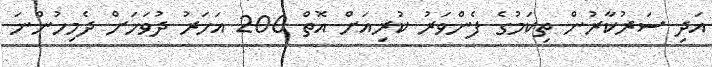
އަދި ސަރުކާރުން ތިކަމުގެ ފެންވަރު ކުރިއަށް އޮތް 200 އަހަރު ދުވަހަށް ދެމިހުންނަ